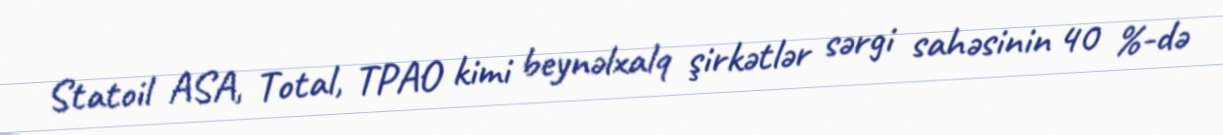
Statoil ASA, Total, TPAO kimi beynəlxalq şirkətlər sərgi sahəsinin 40 %-də